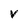
Character: V